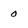
Character: 0